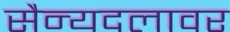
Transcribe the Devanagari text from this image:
सैन्यदलावर